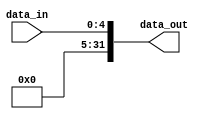
module Ext5(
    input [4:0] data_in,       
    output [31:0] data_out
    );
    assign data_out = {27'b0,data_in};
endmodule